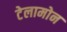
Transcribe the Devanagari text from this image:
टेलामोन